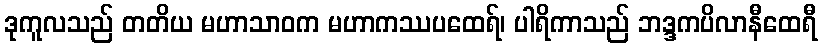
ဒုကူလသည် တတိယ မဟာသာဝက မဟာကဿပထေရ်၊ ပါရိကာသည် ဘဒ္ဒကပိလာနီထေရီ